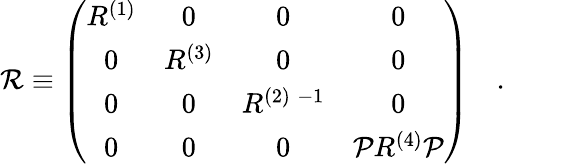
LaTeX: {\cal\mathcal{R}}\equiv\left(\begin{array}{cccc}{{R^{(1)}}}&{{0}}&{{0}}&{{0}}\\ {{0}}&{{R^{(3)}}}&{{0}}&{{0}}\\ {{0}}&{{0}}&{{R^{(2)\; -1}}}&{{0}}\\ {{0}}&{{0}}&{{0}}&{{{\cal P}R^{(4)}{\cal P}}}\end{array}\right)\quad.\qquad